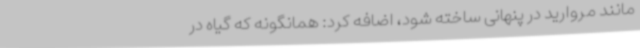
مانند مروارید در پنهانی ساخته شود، اضافه کرد: همانگونه که گیاه در